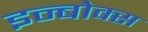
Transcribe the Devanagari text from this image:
इन्बोक्स